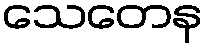
သေတေန